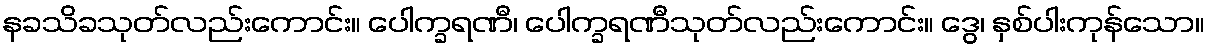
နခသိခသုတ်လည်းကောင်း။ ပေါက္ခရဏီ၊ ပေါက္ခရဏီသုတ်လည်းကောင်း။ ဒွေ၊ နှစ်ပါးကုန်သော။